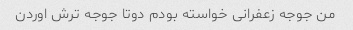
من جوجه زعفرانی خواسته بودم دوتا جوجه ترش اوردن